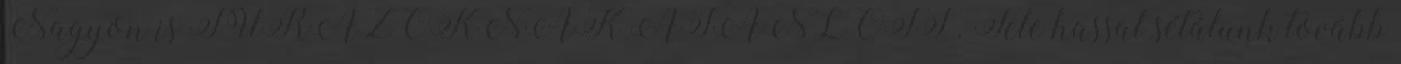
Nagyon is TÚRÁZÓKNAK AJÁNLOTT . Tele hassal sétálunk tovább